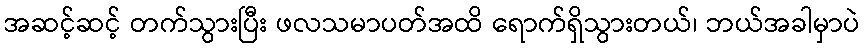
အဆင့်ဆင့် တက်သွားပြီး ဖလသမာပတ်အထိ ရောက်ရှိသွားတယ်၊ ဘယ်အခါမှာပဲ